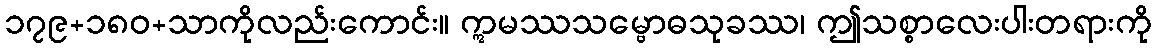
၁၇၉+၁၈၀+သာကိုလည်းကောင်း။ ဣမဿသမ္ဗောဓသုခဿ၊ ဤသစ္စာလေးပါးတရားကို